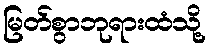
မြတ်စွာဘုရားထံသို့